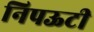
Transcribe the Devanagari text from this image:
निपऊटी